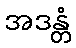
အဒန္တံ